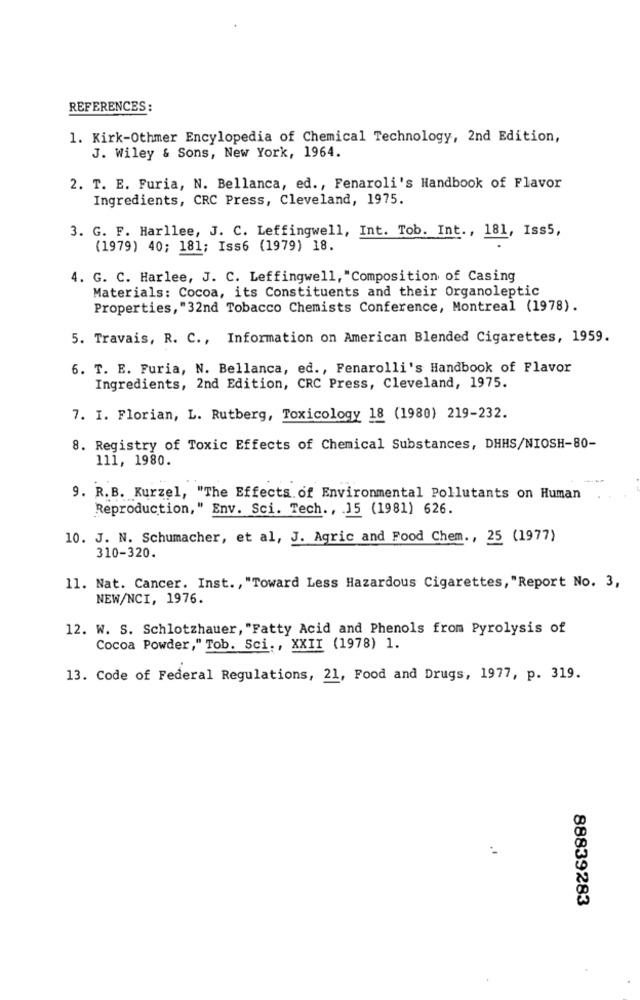
REFERENCES :
1. Kirk-Othmer Encylopedia of Chemical Technology, 2nd Edition,
J. Wiley & Sons, New York, 1964.
2. T. E. Furia, N. Bellanca, ed ., Fenaroli's Handbook of Flavor
Ingredients, CRC Press, Cleveland, 1975.
3. G. F. Harllee, J. C. Leffingwell, Int. Tob. Int ., 181, Iss5,
(1979) 40; 181; Iss6 (1979) 18.
4. G. C. Harlee, J. C. Leffingwell, "Composition of Casing
Materials: Cocoa, its Constituents and their Organoleptic
Properties, "32nd Tobacco Chemists Conference, Montreal (1978).
5. Travais, R. C ., Information on American Blended Cigarettes, 1959.
6. T. E. Furia, N. Bellanca, ed ., Fenarolli's Handbook of Flavor
Ingredients, 2nd Edition, CRC Press, Cleveland, 1975.
7. I. Florian, L. Rutberg, Toxicology 18 (1980) 219-232.
8. Registry of Toxic Effects of Chemical Substances, DHHS/NIOSH-80-
111, 1980.
9. R.B. Kurzel, "The Effects. of Environmental Pollutants on Human
Reproduction," Env. Sci. Tech ., 15 (1981) 626.
10. J. N. Schumacher, et al, J. Agric and Food Chem ., 25 (1977)
310-320.
11. Nat. Cancer. Inst ., "Toward Less Hazardous Cigarettes, "Report No. 3,
NEW/NCI, 1976.
12. W. S. Schlotzhauer, "Fatty Acid and Phenols from Pyrolysis of
Cocoa Powder," Tob. Sci ., XXII (1978) 1.
13. Code of Federal Regulations, 21, Food and Drugs, 1977, p. 319.
88839283